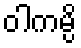
ဝါကမ္ပိ